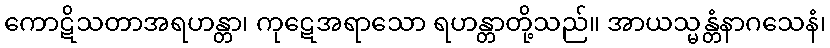
ကောဋိသတာအရဟန္တာ၊ ကုဋေအရာသော ရဟန္တာတို့သည်။ အာယသ္မန္တံနာဂသေနံ၊